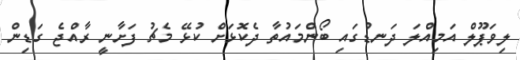
ލިވަޕޫލް އަމިއްލަ ދަނޑުގައި ބޯންމައުތާ ދެކޮޅަށް ކުޅޭ މެޗު ފަށާނީ ރާއްޖެ ގަޑިން